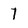
Character: 7